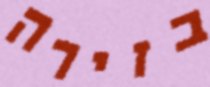
בזירה